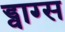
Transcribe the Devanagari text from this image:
ड्वाग्स